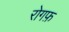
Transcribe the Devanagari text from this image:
रोगफ़